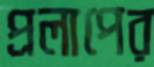
প্রলাপের